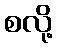
စလို့